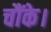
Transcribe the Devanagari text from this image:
चौंके।